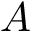
\boldsymbol { A }